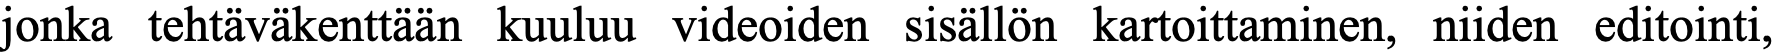
jonka tehtäväkenttään kuuluu videoiden sisällön kartoittaminen, niiden editointi,